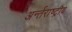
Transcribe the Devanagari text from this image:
अर्न्‍तराष्‍ट्रीय